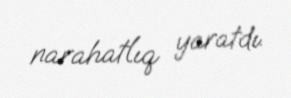
narahatlıq yaratdı.